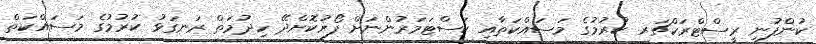
ކުންފުނި ރީސްޓްރަކްޗަރ ކުރުމުގެ މަސައްކަތާއި ކަސްޓަމަރުންނަށް ފޯރުކޮށްދޭ ހިދުމަތް ރަނގަޅު ކުރުމުގެ މަސައްކަތް